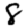
Digit: 8